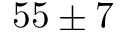
5 5 \pm 7